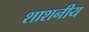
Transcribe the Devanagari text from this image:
शाशनीय